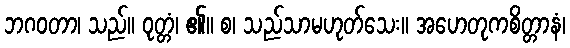
ဘဂဝတာ၊ သည်။ ဝုတ္တံ၊ ၏။ စ၊ သည်သာမဟုတ်သေး။ အဟေတုကစိတ္တာနံ၊